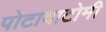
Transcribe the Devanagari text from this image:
पोटावाटोमी